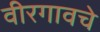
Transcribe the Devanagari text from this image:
वीरगावचे